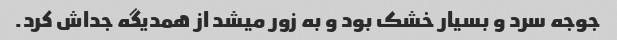
جوجه سرد و بسیار خشک بود و به زور میشد از همدیگه جداش کرد.